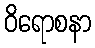
ဝိရောစနာ